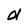
Character: d